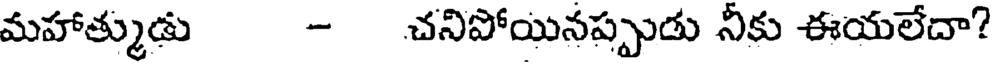
మహాత్ముడు - చనిపోయినప్పుడు నీకు ఈయలేదా?